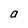
Character: a